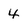
Character: 4